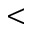
<